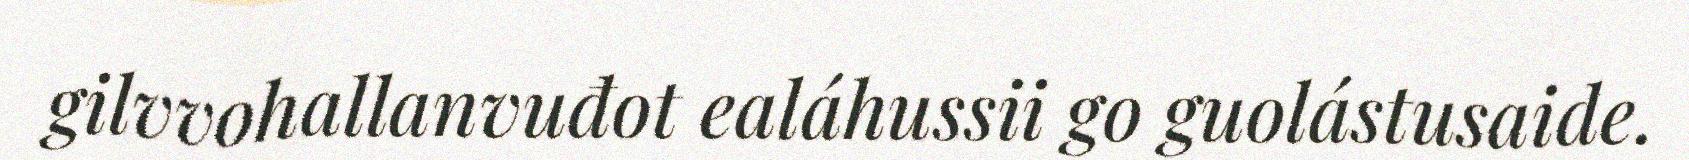
gilvvohallanvuđot ealáhussii go guolástusaide.